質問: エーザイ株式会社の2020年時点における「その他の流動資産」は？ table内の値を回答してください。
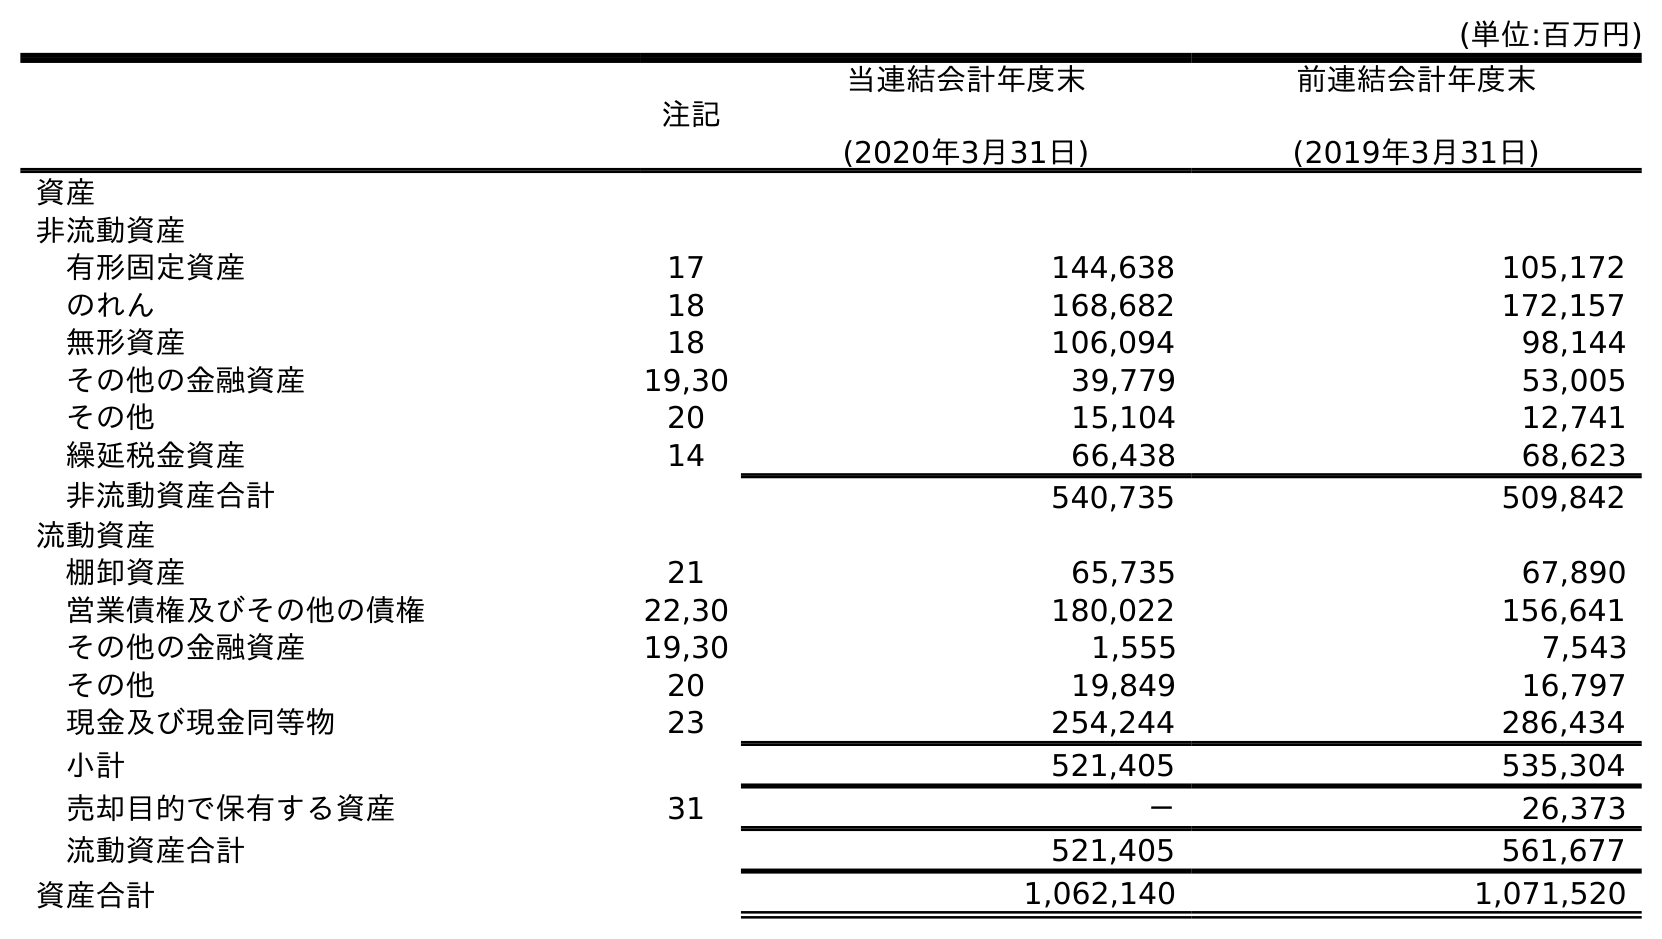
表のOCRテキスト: (単位:百万円) 注記 当連結会計年度末 (2020年3月31日) 前連結会計年度末 (2019年3月31日) 資産 非流動資産 有形固定資産 17 144,638 105,172 のれん 18 168,682 172,157 無形資産 18 106,094 98,144 その他の金融資産 19,30 39,779 53,005 その他 20 15,104 12,741 繰延税金資産 14 66,438 68,623 非流動資産合計 540,735 509,842 流動資産 棚卸資産 21 65,735 67,890 営業債権及びその他の債権 22,30 180,022 156,641 その他の金融資産 19,30 1,555 7,543 その他 20 19,849 16,797 現金及び現金同等物 23 254,244 286,434 小計 521,405 535,304 売却目的で保有する資産 31 － 26,373 流動資産合計 521,405 561,677 資産合計 1,062,140 1,071,520
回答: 19,849